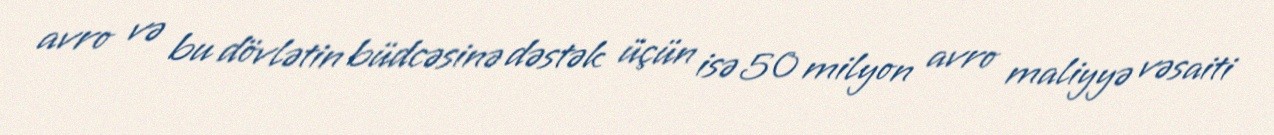
avro və bu dövlətin büdcəsinə dəstək üçün isə 50 milyon avro maliyyə vəsaiti